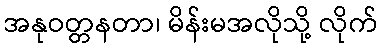
အနုဝတ္တနတာ၊ မိန်းမအလိုသို့ လိုက်